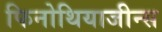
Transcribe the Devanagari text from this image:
फिनोथियाजीन्स